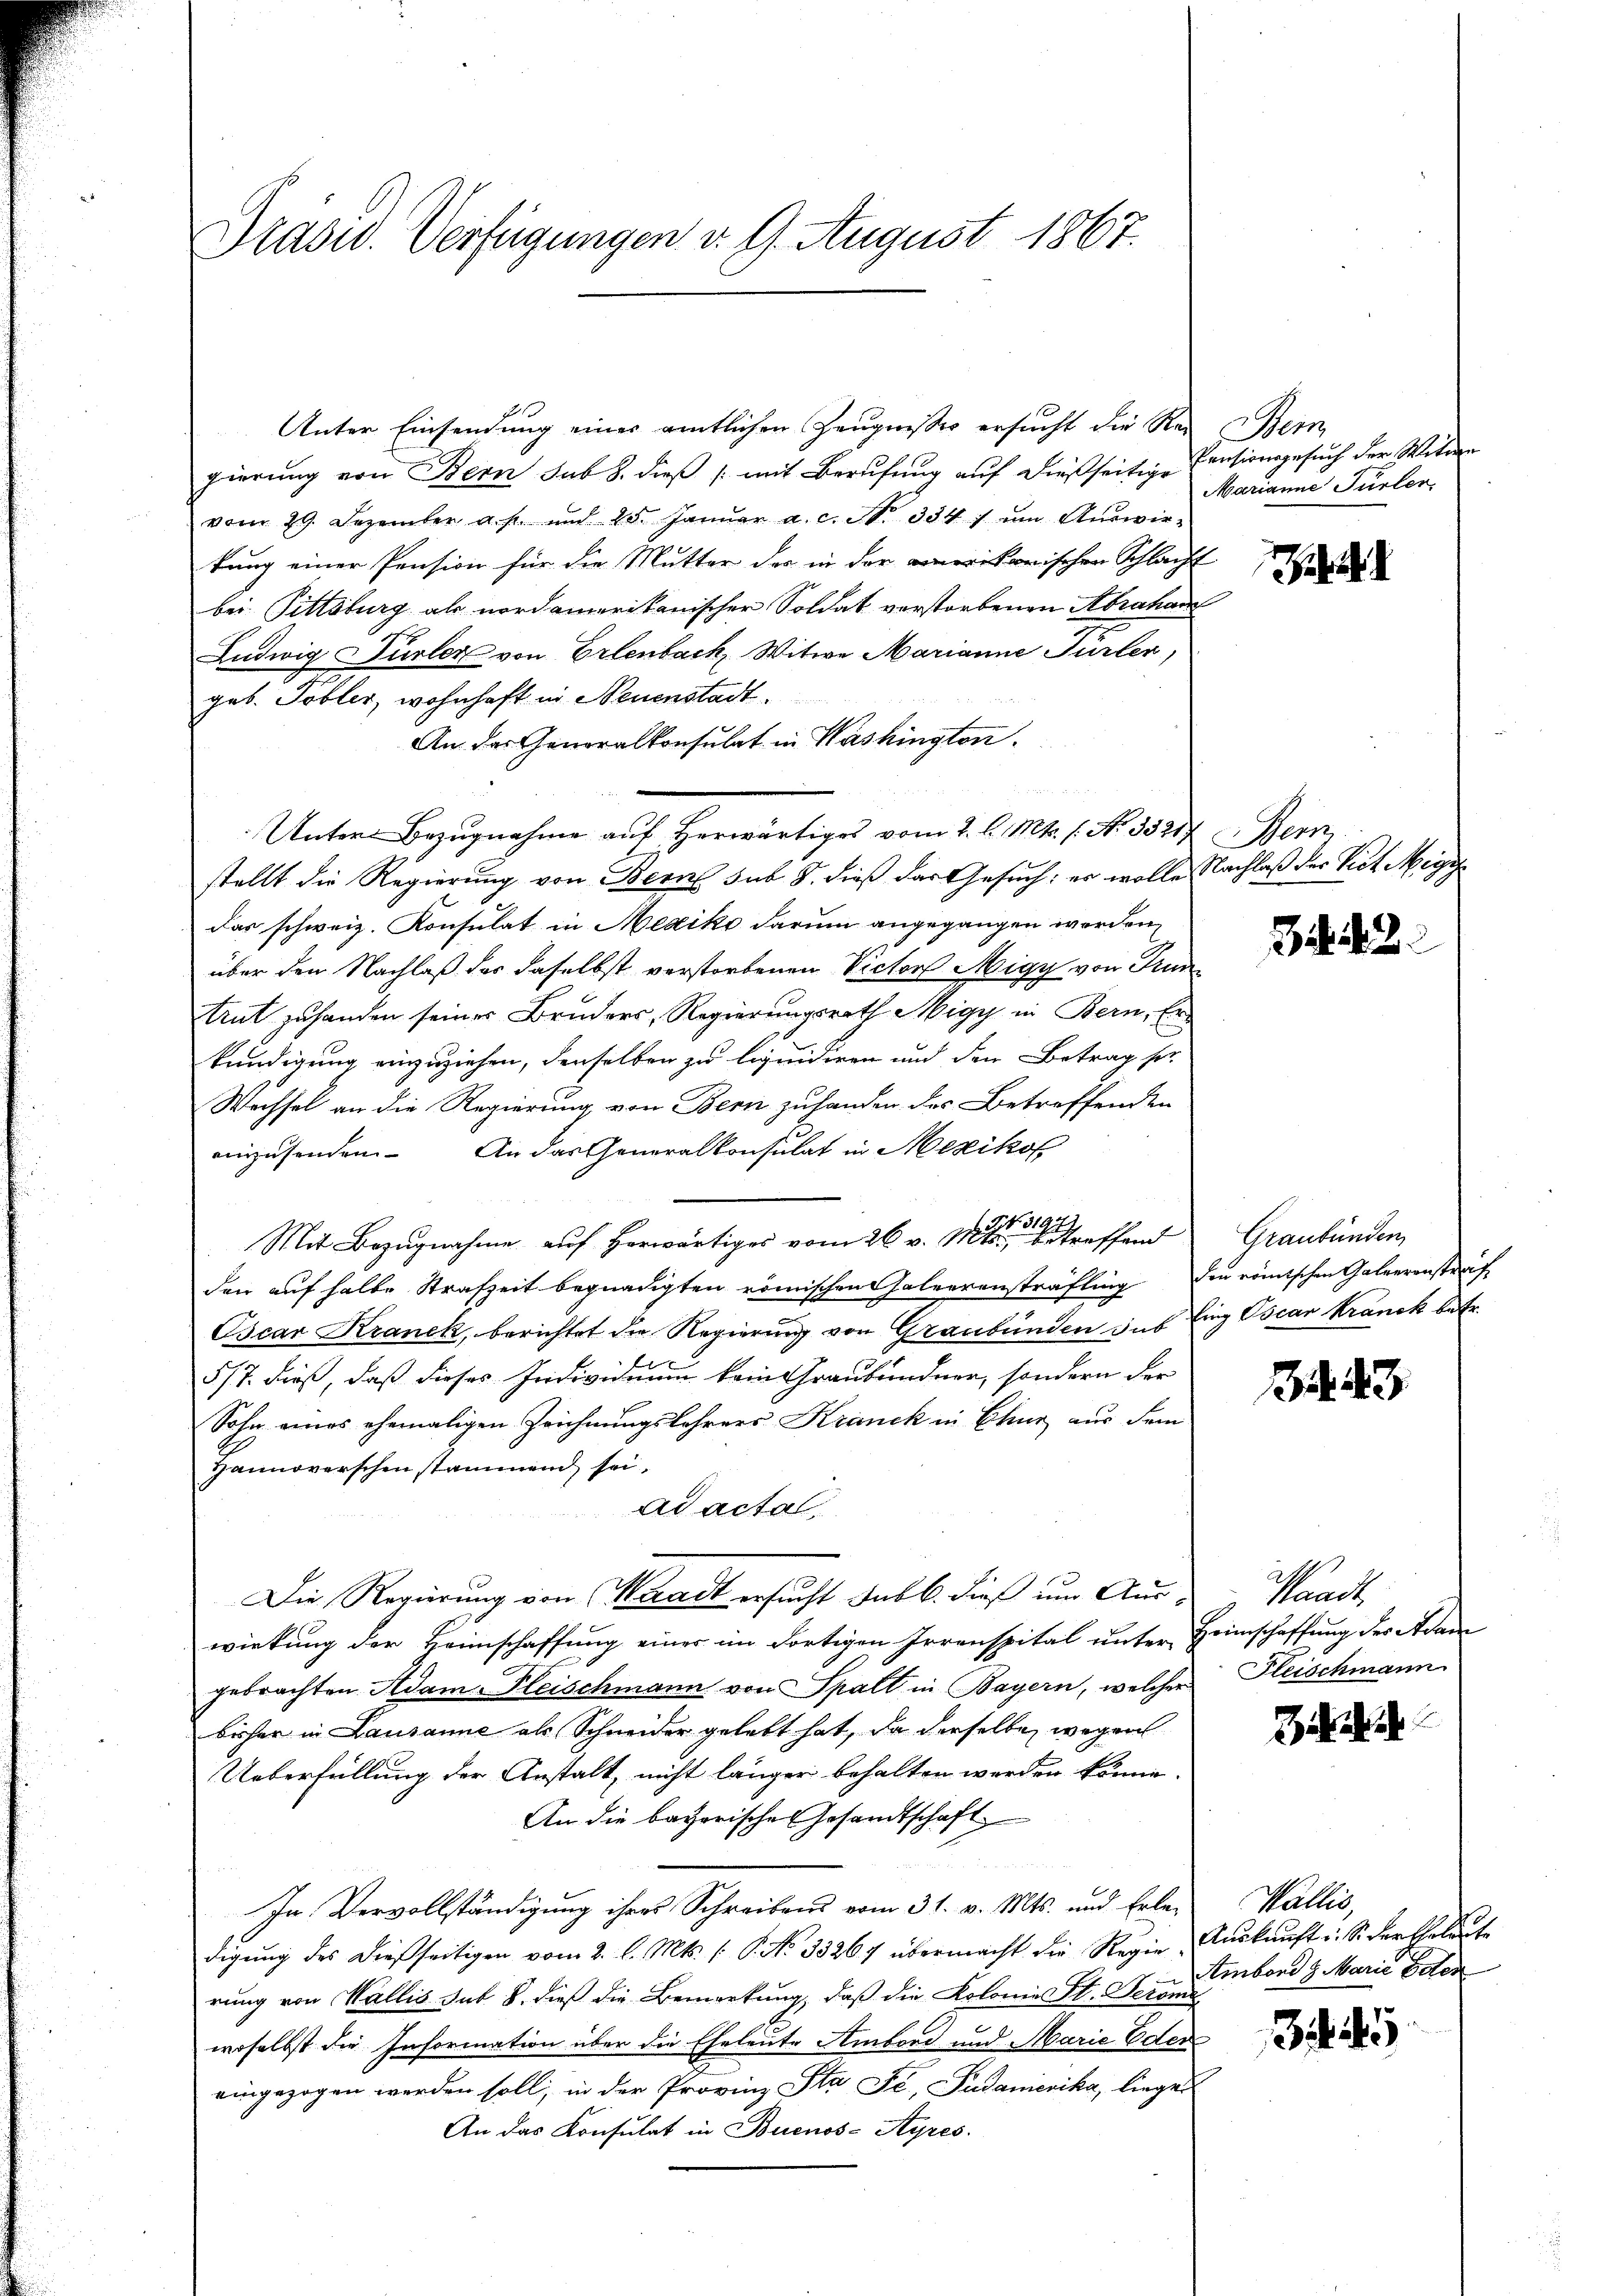
Präsid. Verfügungen d. 9. August 1867.

Unter Einsendung eines amtlichen Zeugnisses ersucht die Rei Bern
gierŭng von Bern sub 8. dieβ /: mit Berŭfŭng aŭf dießseitige Pensionsgesuch der Witwe
vom 29. Dezember a. p. und 25. Janŭar a. c. N. 334) um Auswirkung einer Pension für die Mutter der in der amerikarischen Schlacht
bei Pittsburg als nordamerikanischer Soldat verstorbenen Abrahan
Ludwig Türler von Erlenbach, Witwe Marianne Türler,
geb. Tobler, wohnhaft in Neuenstadt.
An der Generalkonsulat in Washington.
Unter Bezŭgnahme aŭf herwärtiges vom 2. l. Mts. s. No. 35217 Bern
stellt die Regierung von Bern sub 8. dieß das Gesuch: er wolle Nachlaß der Vict Migi
Das schweiz. Konsulat in Mexiko darum angegangen werden,
über den Nachlaß der daselbst verstorbenen Victor Migy von Grun
Ant zu handen seiner Bruders, Regierungsrath Nigy in Bern, Erkündigung einzuziehen, denselben zu liquidiren und den Betrag sor
Wechsel an die Regierung von Bern zuhanden des Betreffenden
einzusenden. An das Generalkonsulat in Mexikol
Mit Bezŭgnahme auf Horwärtig vom 26. v. Metreffend
den auf halbe Strafzeit begnadigten römischen Haleerensträfling der römischen Galverenstraf
Oscar Kranck, berichtet die Regierung von Graubünden sus Eing Oscar Kranck betr.
5/7. dieß, daß dieses Individuum kein Graubündner, sondern der
Sohn eines ehemaligen Zeichnungslehrers Kranck in Eher aus dem
Hannoverschen stammend sei,
ad acta.
Die Regierung von Waadt ersucht sub b. dieß um Auswirkung der Heimschaffung einer im dortigen Irrenspital unter Heimschaffung der Adam
gebrachten Adam Fleischmann von Spalt in Bayern, welcher
bisher in Lausanne als Schneider gelebt hat, da derselbe wegen
Ueberfüllung der Anstalt, nicht länger behalten werden könne.
An die bayerischen Gesandtschaft
In Vervollständigung ihres Schreibens vom 31. v. Mts. und Erledigŭng des dießseitigen vom 2. l. Mts. (: P. No 33267 übermacht die Regie Aŭskŭnft i. Si darthalt
rung von Wallis sub. 8. dieß die Bemerkung, daß die Kolonies St. Peronie
woselbst die Information über die Eheleute Ambord und Marie Eder
eingezogen werden soll; in der Provinz Sta Fé, Pudamerika, liege
An das Konsulat in Buenos-Ayres.

Marianne Türler

ehinde

34. 42.

Graubünden

143

Waadt,
Fleischmann

Wallis,
Ambord z. Marie der